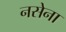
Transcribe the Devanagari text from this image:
नसेना